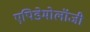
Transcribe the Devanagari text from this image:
एपिडेमोलॉजी